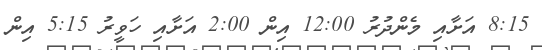
8:15 އަށާއި މެންދުރު 12:00 އިން 2:00 އަށާއި ހަވީރު 5:15 އިން